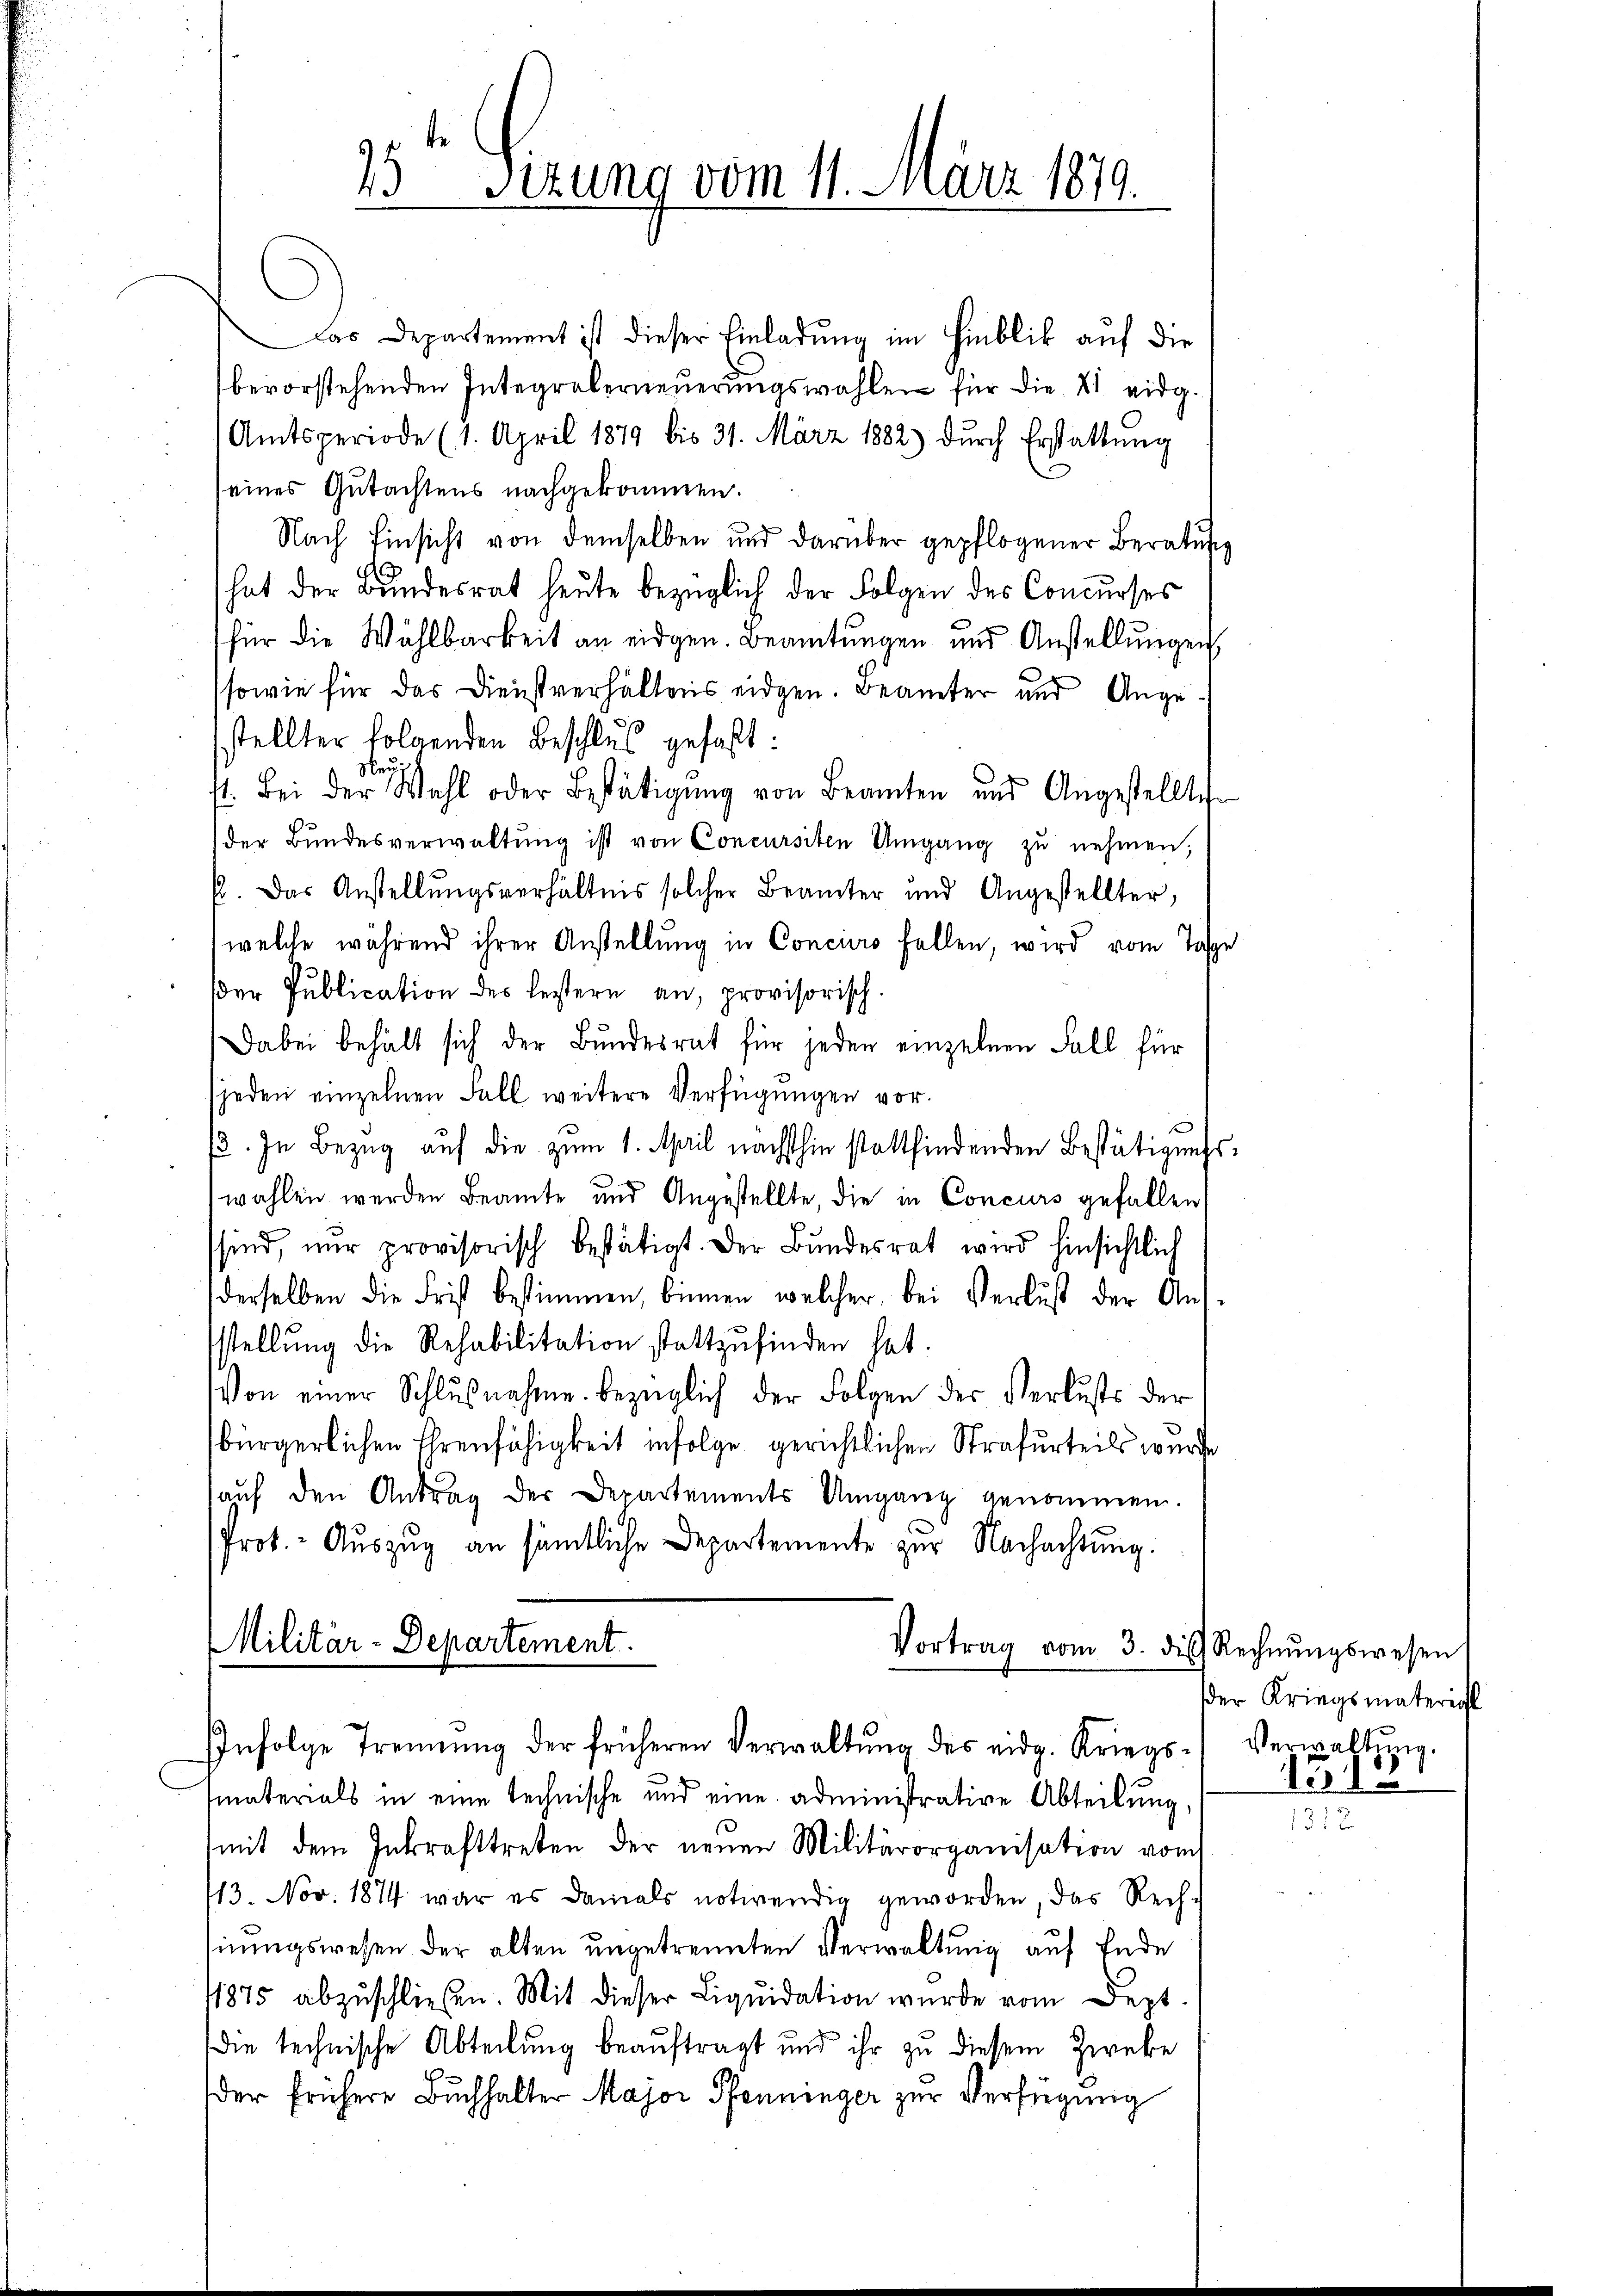
15t Sizung vom 11. März 1879.

Das Departement ist dieser Einladung im Hinblik auf die
bevorstehenden Integroberneuerungswahlen für die 21 eidg
Amtsperiode (1. April 1879 bis 31. März 1882 dŭrch Erstattŭng
eines Gutachtens nachgekommen.
Nach Einsicht von demselben und darüber gepflogener Beratung
hat der Bundesrat heute bezüglich der Folgen des Concurses
für die Wählbarkeit an eidgen. Beamtungen und Anstellungen
sowie für das Dienstverhältnis eidgen. Beamter und Angestellter folgenden Beschlus gefaßt:
Nei
st. Bei der Wahl oder Bestätigŭng von Beamten und Angestellte
der Bundesverwaltung ist von Concursiten Umgang zu nehmen,
p. Das Anstellŭngsverhältnis solcher Beamter und Angestellter,
welche während ihrer Anstellŭng in Conciers fallen, wird vom Tas
dder Publication des lestern an, provisorisch.
Dabei behält sich der Bŭndesrat für jeden einzelnen Fall für
sjeden einzelnen Fall weitere Verfügungen vor.
3. In Bezug auf die zum 1. April nächsthin stattfindenden Bestätigungs
wahlen werden Beamte und Angestellte, die in Concurs gefallen
sind, nur provisorisch bestätigt. Der Bundesrat wird hinsichtlich
derselben die Frist bestimmen, binnen, welcher, bei Verlust der Ausstellŭng die Rehabilitation stattzŭfinden hat.
Von einer Schlŭβnahme bezüglich der Folgen der Verlusts der
bürgerlichen Ehrenfähigkeit infolge gerichtlichen Strafurteils wurde
auf den Antrag der Departements Umgang genommen.
Prot. - Auszug an sämtliche Departemente zur Nachachtung.
Militär-Departement.
Vortrag vom 3. die Rechnŭngswesen
Infolge Trennung der früheren Verwaltŭng des eidg. Kriegssmaterials in eine technische und eine administrative Abteilung,
mit dem Inkrafttreten der neuen Militärorganisation vom
113. Nov. 1874 war es damals notwendig geworden, das Rechsinungswesen der alten ungetrennten Verwaltung auf Ende
1875 abzuschließen. Mit dieser Liquidation wurde vom Dept
die technische Abteilung beauftragt und ihr zu diesem Zweke
der frühere Buchhalter Major Pfenninger zur Verfügung

der Kriegsmatericht
Verwaltung.
1512